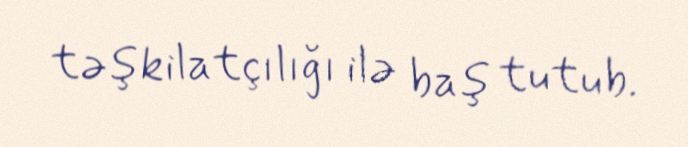
təşkilatçılığı ilə baş tutub.